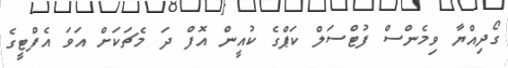
ގޯދިއްޔާ ވިމެންސް ފުޓްސަލް ކަޕްގެ ކުއީން އޮފް ދަ މެޗަކަށް އަވަ އެފްޓީގެ